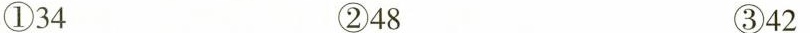
①34 ②48 ③42